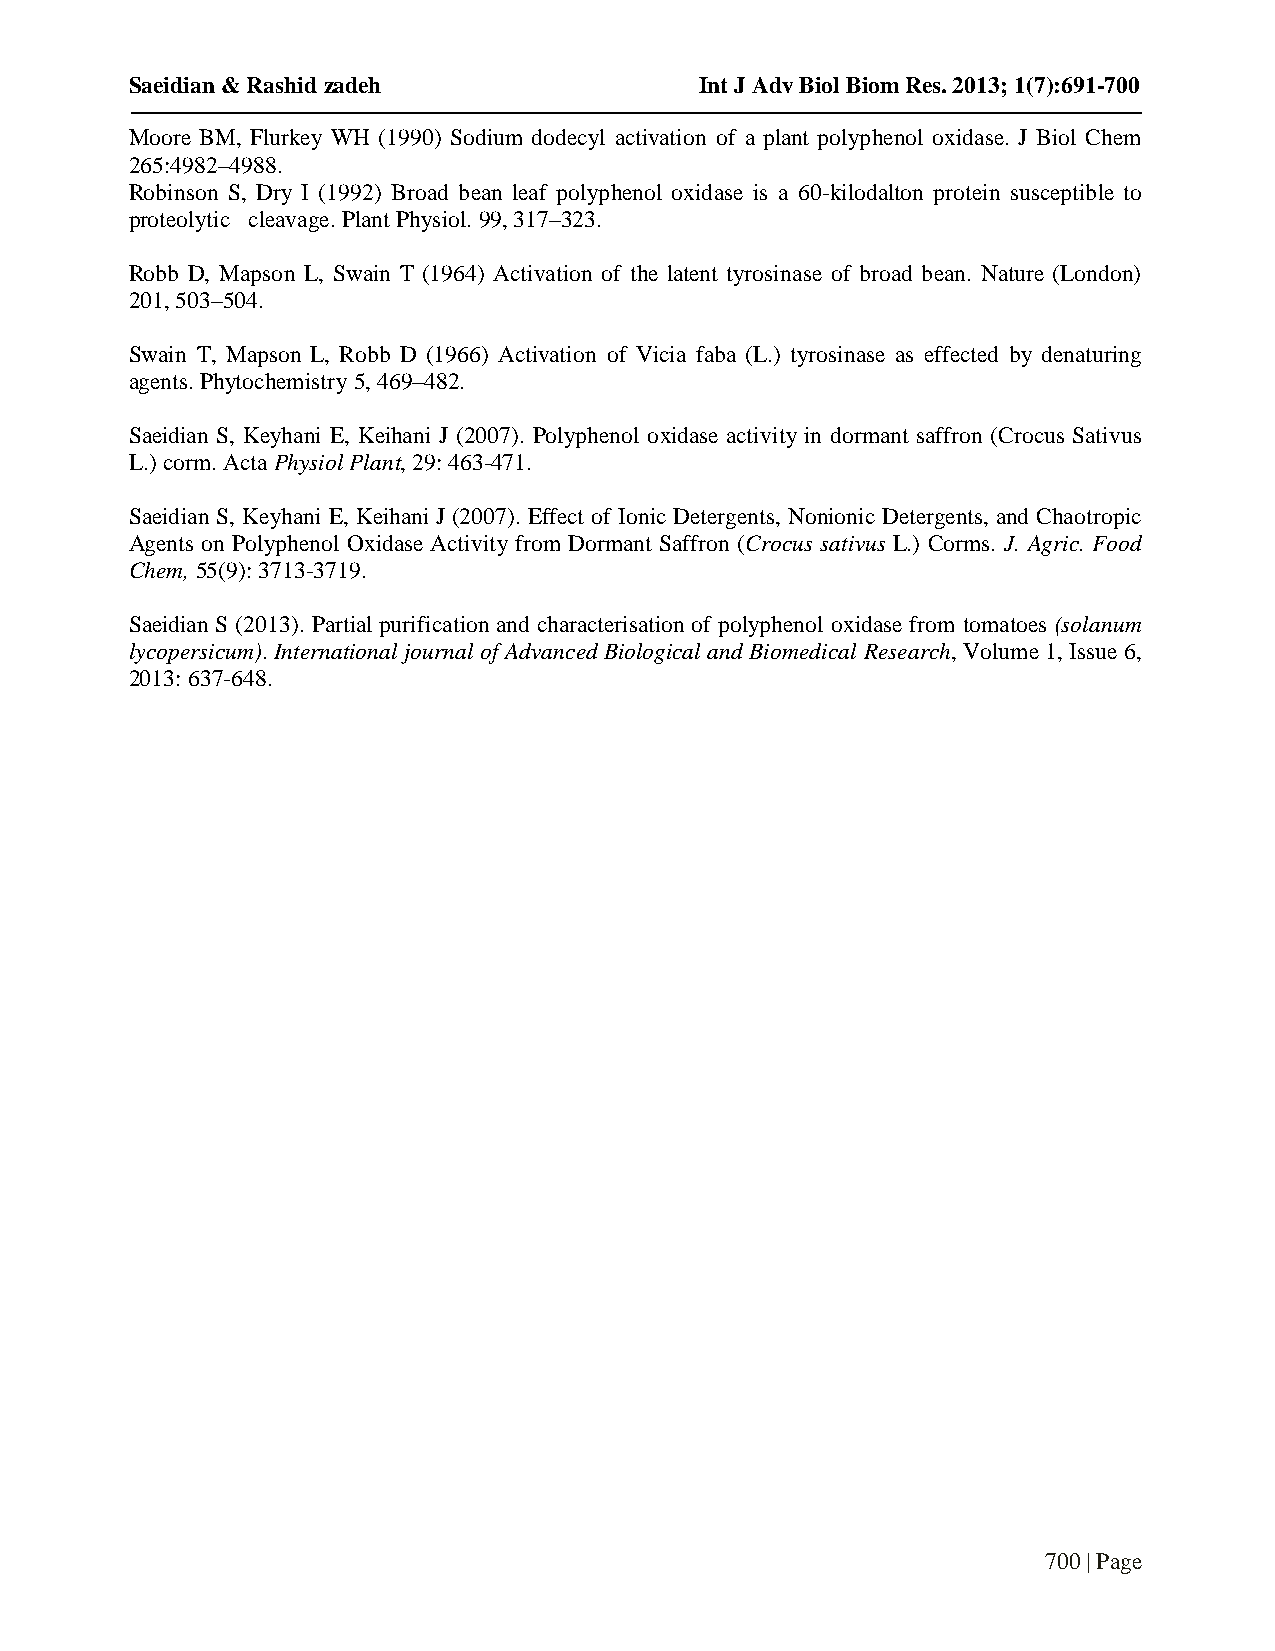
Saeidian & Rashid zadeh              Int J Adv Biol Biom Res. 2013; 1(7):691-700
 Moore BM, Flurkey WH (1990) Sodium dodecyl activation of a plant polyphenol oxidase. J Biol Chem
 265:4982–4988.
 Robinson S, Dry I (1992) Broad bean leaf polyphenol oxidase is a 60-kilodalton protein susceptible to
 proteolytic cleavage. Plant Physiol. 99, 317–323.
 Robb D, Mapson L, Swain T (1964) Activation of the latent tyrosinase of broad bean. Nature (London)
 201, 503–504.
 Swain T, Mapson L, Robb D (1966) Activation of Vicia faba (L.) tyrosinase as effected by denaturing
 agents. Phytochemistry 5, 469–482.
 Saeidian S, Keyhani E, Keihani J (2007). Polyphenol oxidase activity in dormant saffron (Crocus Sativus
 L.) corm. Acta Physiol Plant, 29: 463-471.
 Saeidian S, Keyhani E, Keihani J (2007). Effect of Ionic Detergents, Nonionic Detergents, and Chaotropic
 Agents on Polyphenol Oxidase Activity from Dormant Saffron (Crocus sativus L.) Corms. J. Agric. Food
 Chem, 55(9): 3713-3719.
 Saeidian S (2013). Partial purification and characterisation of polyphenol oxidase from tomatoes (solanum
 lycopersicum). International journal of Advanced Biological and Biomedical Research, Volume 1, Issue 6,
 2013: 637-648.
 700 | Page